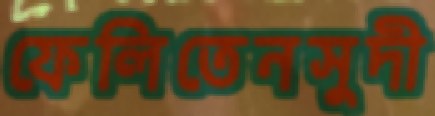
ফেলিতেনসুদী